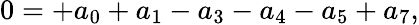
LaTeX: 0=+{a_{0}}+{a_{1}}-{a_{3}}-{a_{4}}-{a_{5}}+a_{7},